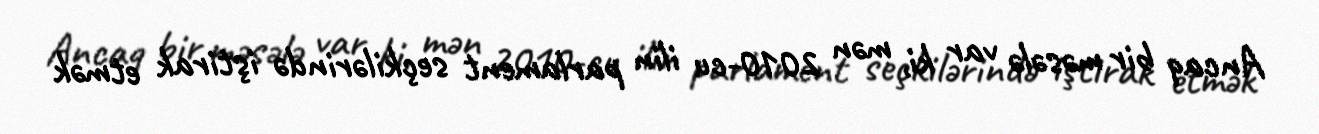
Ancaq bir məsələ var ki, mən 2010-cu ilin parlament seçkilərində iştirak etmək